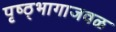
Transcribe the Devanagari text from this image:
पृष्ठ्भागाजवळ